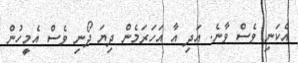
އެކަނި ވެސް ވާނެ. އަދި އާ އަހަރަމެން ދިޔަ ދޯނި ވެސް އެމީހުން